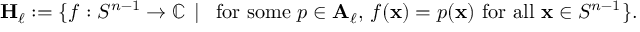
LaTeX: \mathbf { H } _ { \ell } : = \{ f : S ^ { n - 1 } \to \mathbb { C } \, \mid \, { \mathrm { ~ f o r ~ s o m e ~ } } p \in \mathbf { A } _ { \ell } , \, f ( \mathbf { x } ) = p ( \mathbf { x } ) { \mathrm { ~ f o r ~ a l l ~ } } \mathbf { x } \in S ^ { n - 1 } \} .